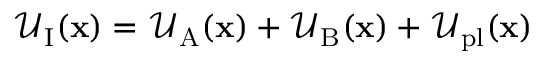
\mathcal { U } _ { \mathrm { I } } ( \mathbf { x } ) = \mathcal { U } _ { \mathrm { A } } ( \mathbf { x } ) + \mathcal { U } _ { \mathrm { B } } ( \mathbf { x } ) + \mathcal { U } _ { \mathrm { p l } } ( \mathbf { x } )